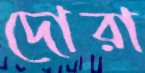
দোরা